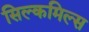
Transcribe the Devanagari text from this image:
सिल्कमिल्स